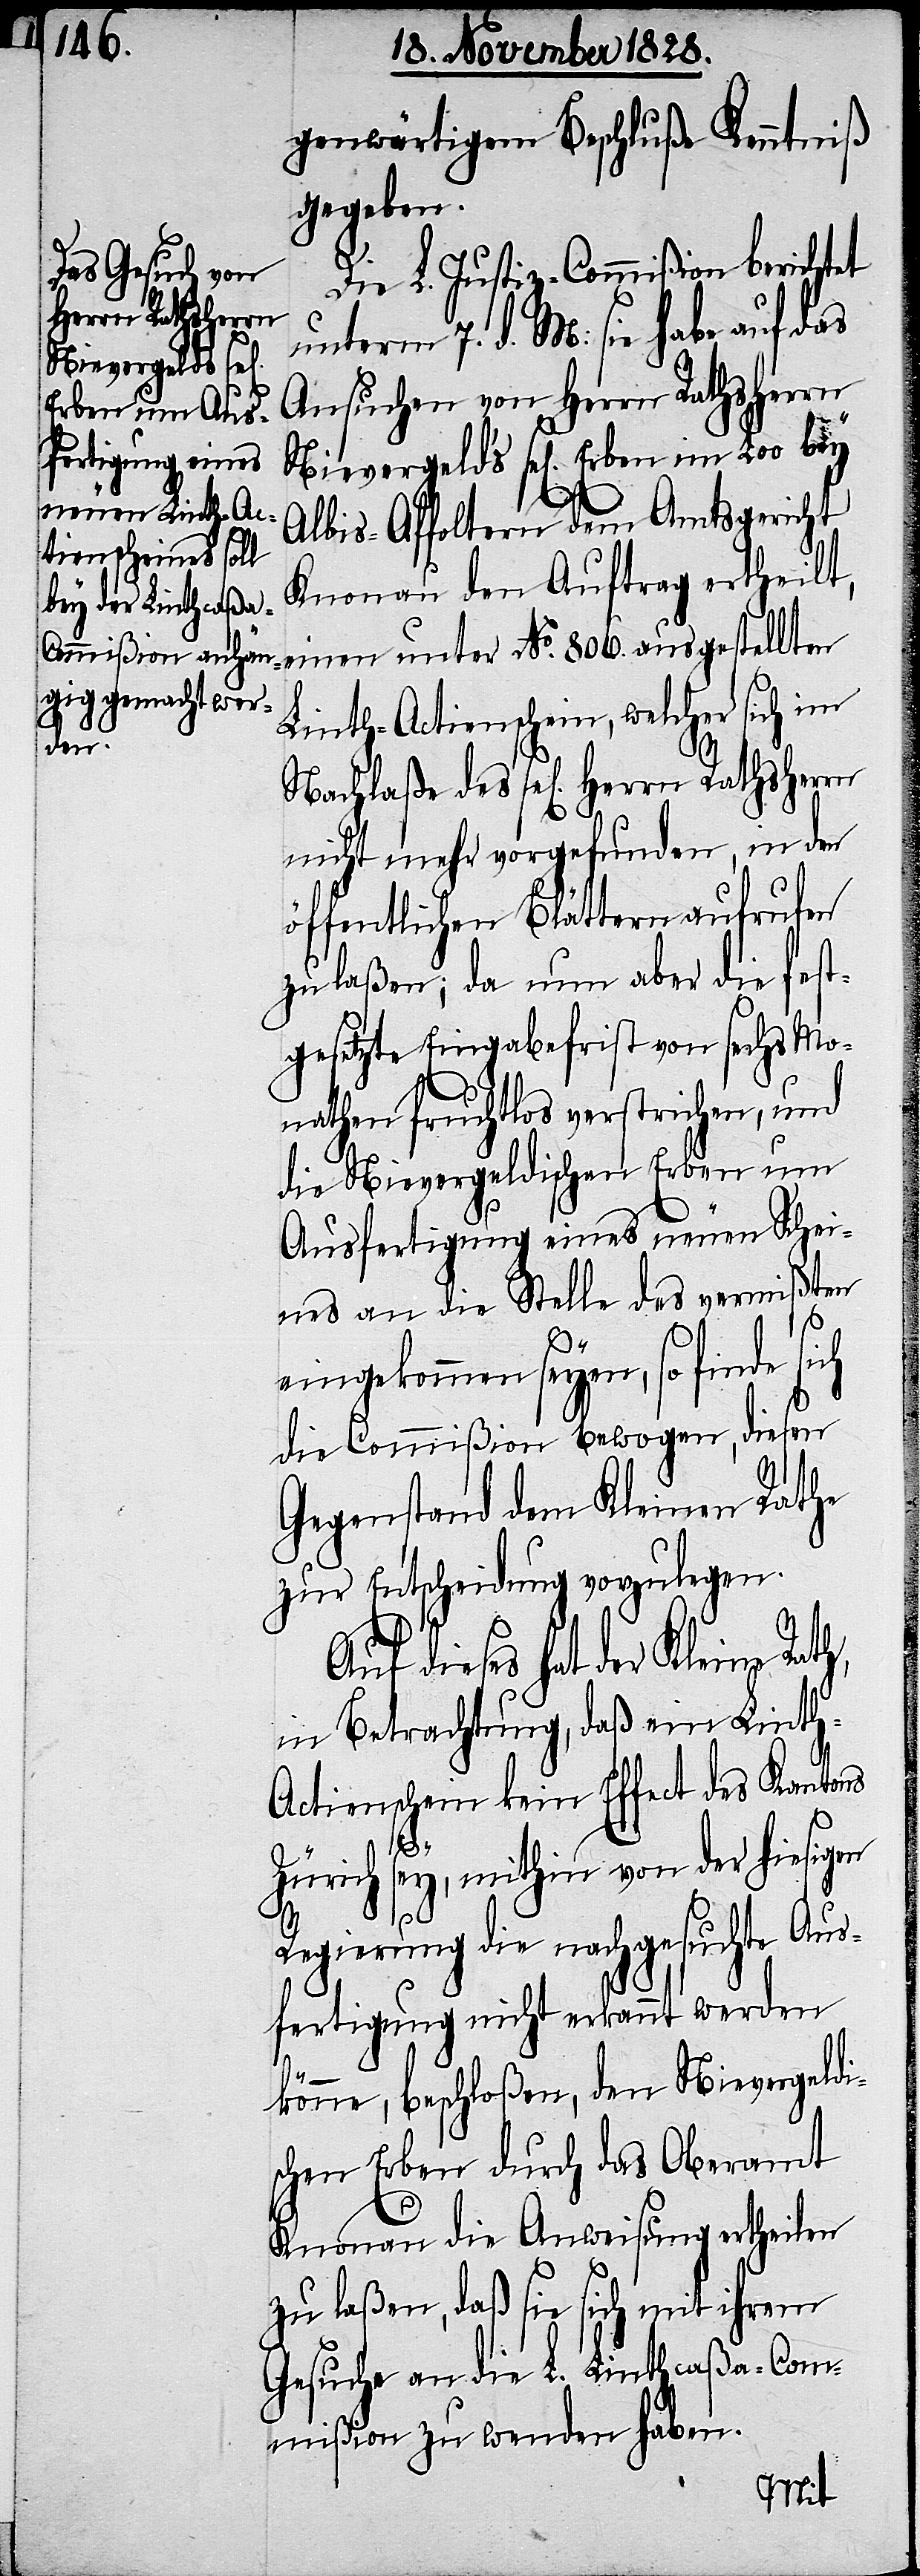
genwärtigem Beschluße Kenntniß
gegeben.